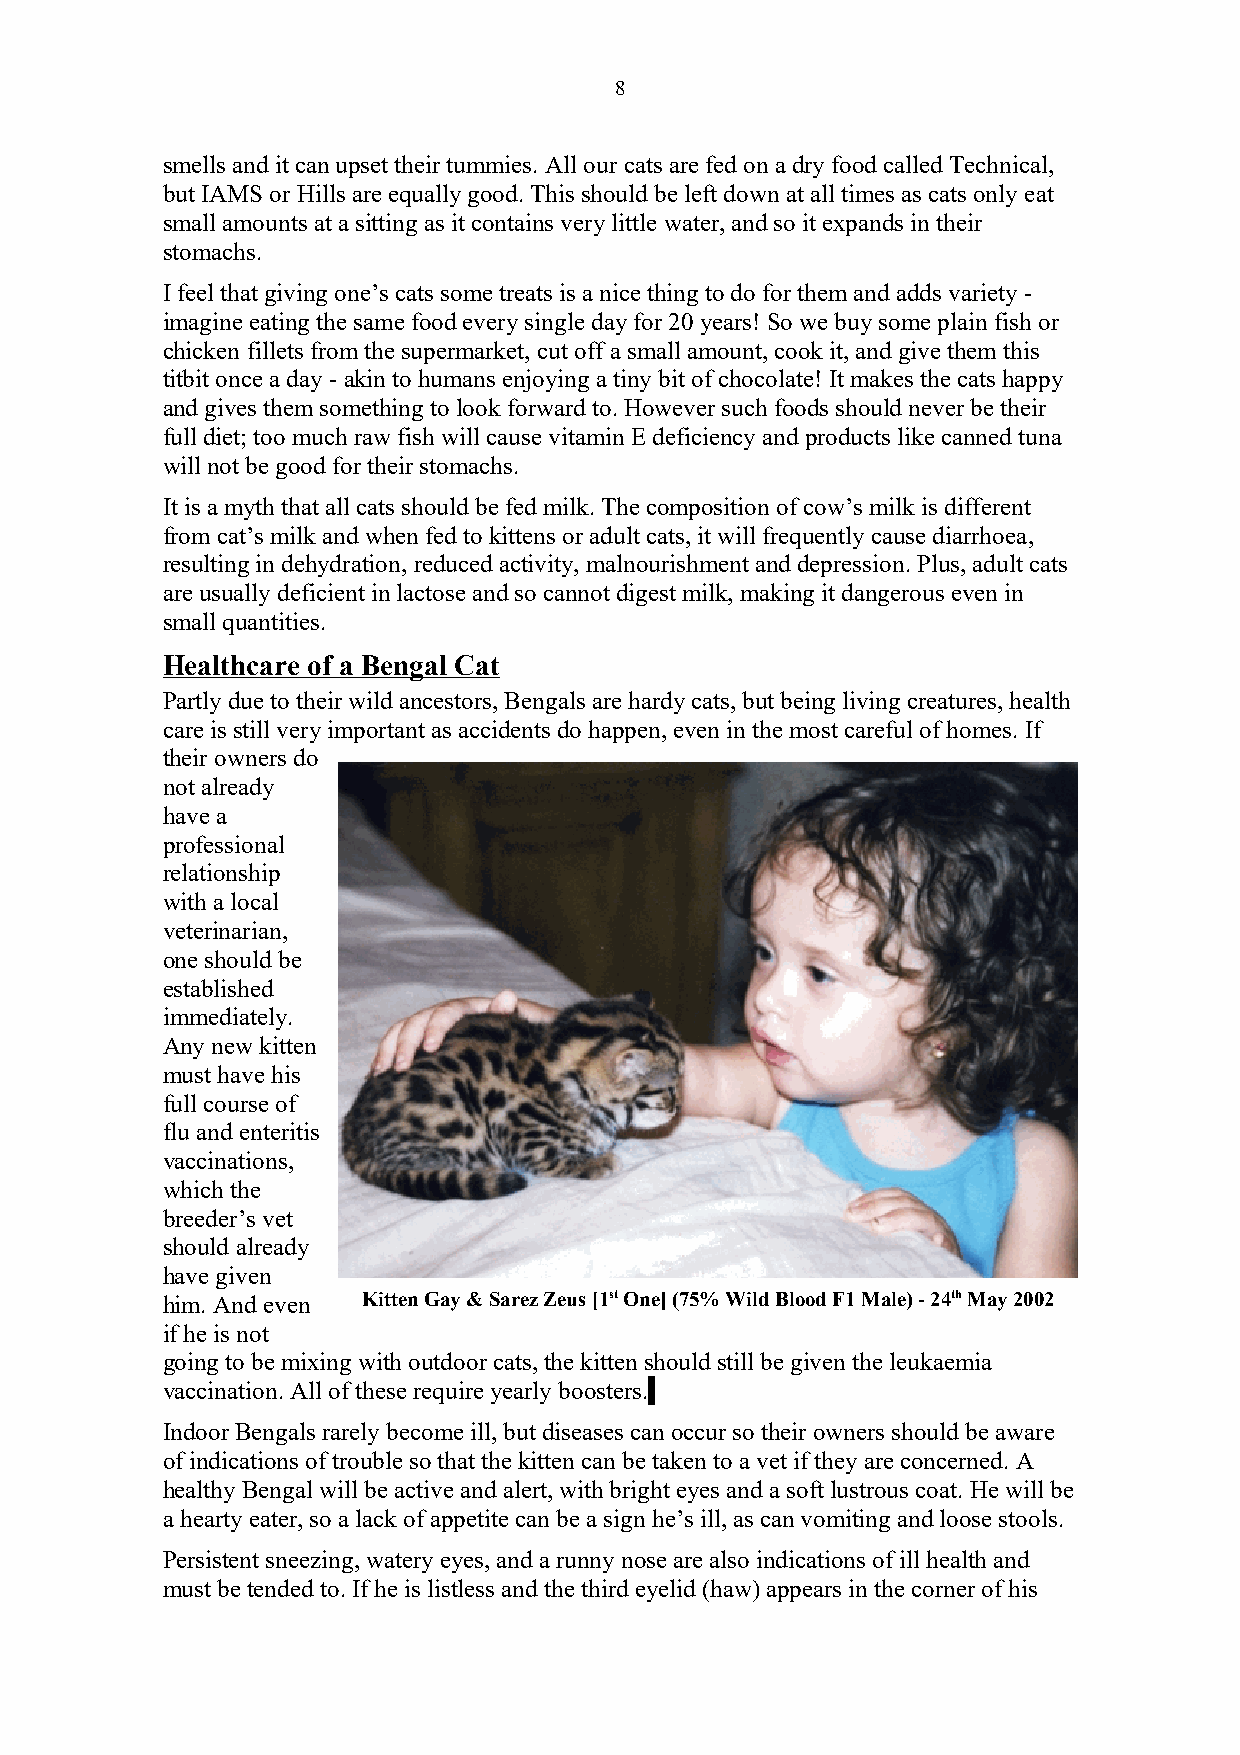
8
 smells and it can upset their tummies. All our cats are fed on a dry food called Technical,
 but IAMS or Hills are equally good. This should be left down at all times as cats only eat
 small amounts at a sitting as it contains very little water, and so it expands in their
 stomachs.
 I feel that giving one’s cats some treats is a nice thing to do for them and adds variety -
 imagine eating the same food every single day for 20 years! So we buy some plain fish or
 chicken fillets from the supermarket, cut off a small amount, cook it, and give them this
 titbit once a day - akin to humans enjoying a tiny bit of chocolate! It makes the cats happy
 and gives them something to look forward to. However such foods should never be their
 full diet; too much raw fish will cause vitamin E deficiency and products like canned tuna
 will not be good for their stomachs.
 It is a myth that all cats should be fed milk. The composition of cow’s milk is different
 from cat’s milk and when fed to kittens or adult cats, it will frequently cause diarrhoea,
 resulting in dehydration, reduced activity, malnourishment and depression. Plus, adult cats
 are usually deficient in lactose and so cannot digest milk, making it dangerous even in
 small quantities.
 Healthcare of a Bengal Cat
 Partly due to their wild ancestors, Bengals are hardy cats, but being living creatures, health
 care is still very important as accidents do happen, even in the most careful of homes. If
 their owners do
 not already
 have a
 professional
 relationship
 with a local
 veterinarian,
 one should be
 established
 immediately.
 Any new kitten
 must have his
 full course of
 flu and enteritis
 vaccinations,
 which the
 breeder’s vet
 should already
 have given
 him. And even Kitten Gay & Sarez Zeus [1st One] (75% Wild Blood F1 Male) - 24th May 2002
 if he is not
 going to be mixing with outdoor cats, the kitten should still be given the leukaemia
 vaccination. All of these require yearly boosters.
 Indoor Bengals rarely become ill, but diseases can occur so their owners should be aware
 of indications of trouble so that the kitten can be taken to a vet if they are concerned. A
 healthy Bengal will be active and alert, with bright eyes and a soft lustrous coat. He will be
 a hearty eater, so a lack of appetite can be a sign he’s ill, as can vomiting and loose stools.
 Persistent sneezing, watery eyes, and a runny nose are also indications of ill health and
 must be tended to. If he is listless and the third eyelid (haw) appears in the corner of his